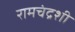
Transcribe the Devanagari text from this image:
रामचंद्रशी